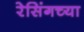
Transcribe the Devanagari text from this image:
रेसिंगच्या